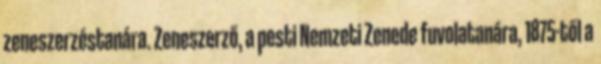
zeneszerzéstanára. Zeneszerző, a pesti Nemzeti Zenede fuvolatanára, 1875-től a